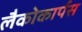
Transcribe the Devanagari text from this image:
लैकोकार्पस